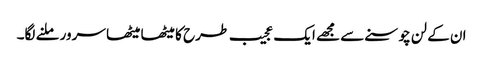
ان کے لن چوسنے سے مجھے ایک عجیب طرح کا میٹھا میٹھا سرور ملنے لگا۔